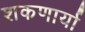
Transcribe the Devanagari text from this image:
शकणार्या